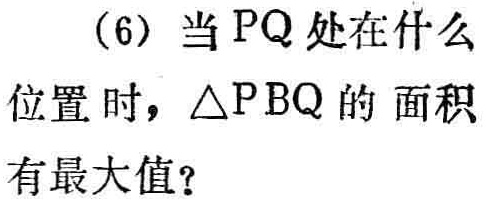
(6) 当 \(PQ\) 处在什么位置时，\(\triangle PBQ\) 的面积有最大值？